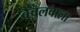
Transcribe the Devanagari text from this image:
बैवलवाला